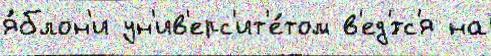
я́блон'и ун'ив'ерс'ит'е́том в'ед'́тс'я на